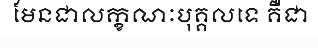
មែនជាលក្ខណៈបុគ្គលទេ គឺជា